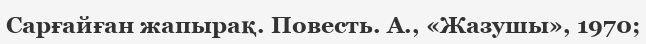
Сарғайған жапырақ. Повесть. А., «Жазушы», 1970;